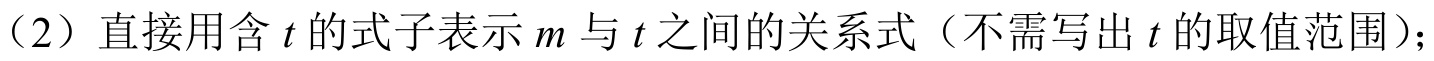
（2）直接用含\(t\)的式子表示\(m\)与\(t\)之间的关系式（不需写出\(t\)的取值范围）；